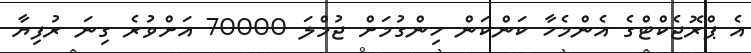
އެ ޕްރޮޖެކްޓްގެ އެންމެހާ ކަންކަން ހިންގުމަށް ޖުމްލަ 70000 އަށްވުރެ ގިނަ ރުފިޔާ